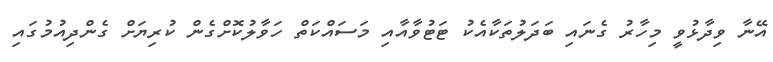
އޭނާ ވިދާޅުވީ މިހާރު ގެނައި ބަދަލުތަކާއެކު ޓަޓުވާއާއި މަސައްކަތް ހަވާލުކޮށްގެން ކުރިޔަށް ގެންދިއުމުގައި